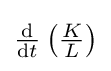
{\tfrac {\mathrm {d} }{\mathrm {d} t}}\left({\tfrac {K}{L}}\right)